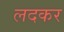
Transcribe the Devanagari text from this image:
लदकर